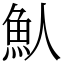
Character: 魜